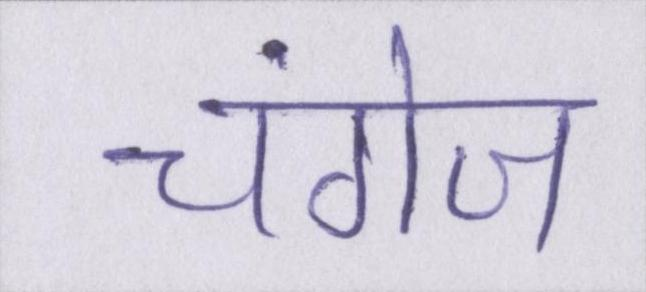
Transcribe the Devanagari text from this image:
चंगेज